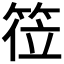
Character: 𬕅